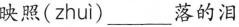
映照(zhui)___落的泪